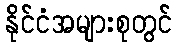
နိုင်ငံအများစုတွင်